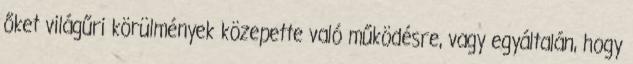
őket világűri körülmények közepette való működésre, vagy egyáltalán, hogy